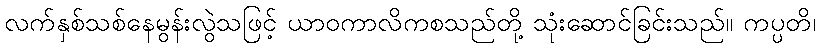
လက်နှစ်သစ်နေမွန်းလွဲသဖြင့် ယာဝကာလိကစသည်တို့ သုံးဆောင်ခြင်းသည်။ ကပ္ပတိ၊